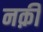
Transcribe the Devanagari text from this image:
नक़ी